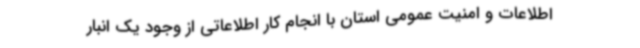
اطلاعات و امنیت عمومی استان با انجام کار اطلاعاتی از وجود یک انبار